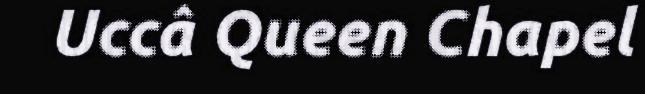
Uccâ Queen Chapel